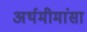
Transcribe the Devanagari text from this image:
अर्थमीमांसा